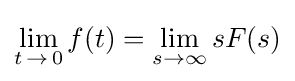
\lim _{t\,\to \,0}f(t)=\lim _{s\to \infty }{sF(s)}